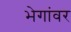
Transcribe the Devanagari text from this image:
भेगांवर